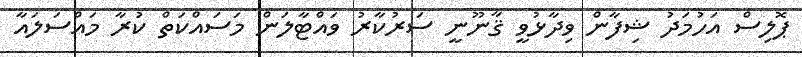
ޕޮލިސް އަހުމަދު ޝިފާން ވިދާޅުވީ ޤާނޫނީ ސަރުކާރު ވައްޓާލަން މަސައްކަތް ކުރާ މައްސަލައާ